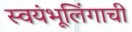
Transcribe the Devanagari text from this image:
स्वयंभूलिंगाची